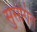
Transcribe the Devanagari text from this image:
सुसंगित